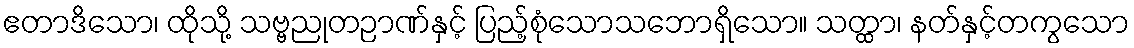
ဧတာဒိသော၊ ထိုသို့ သဗ္ဗညုတဉာဏ်နှင့် ပြည့်စုံသောသဘောရှိသော။ သတ္ထာ၊ နတ်နှင့်တကွသော